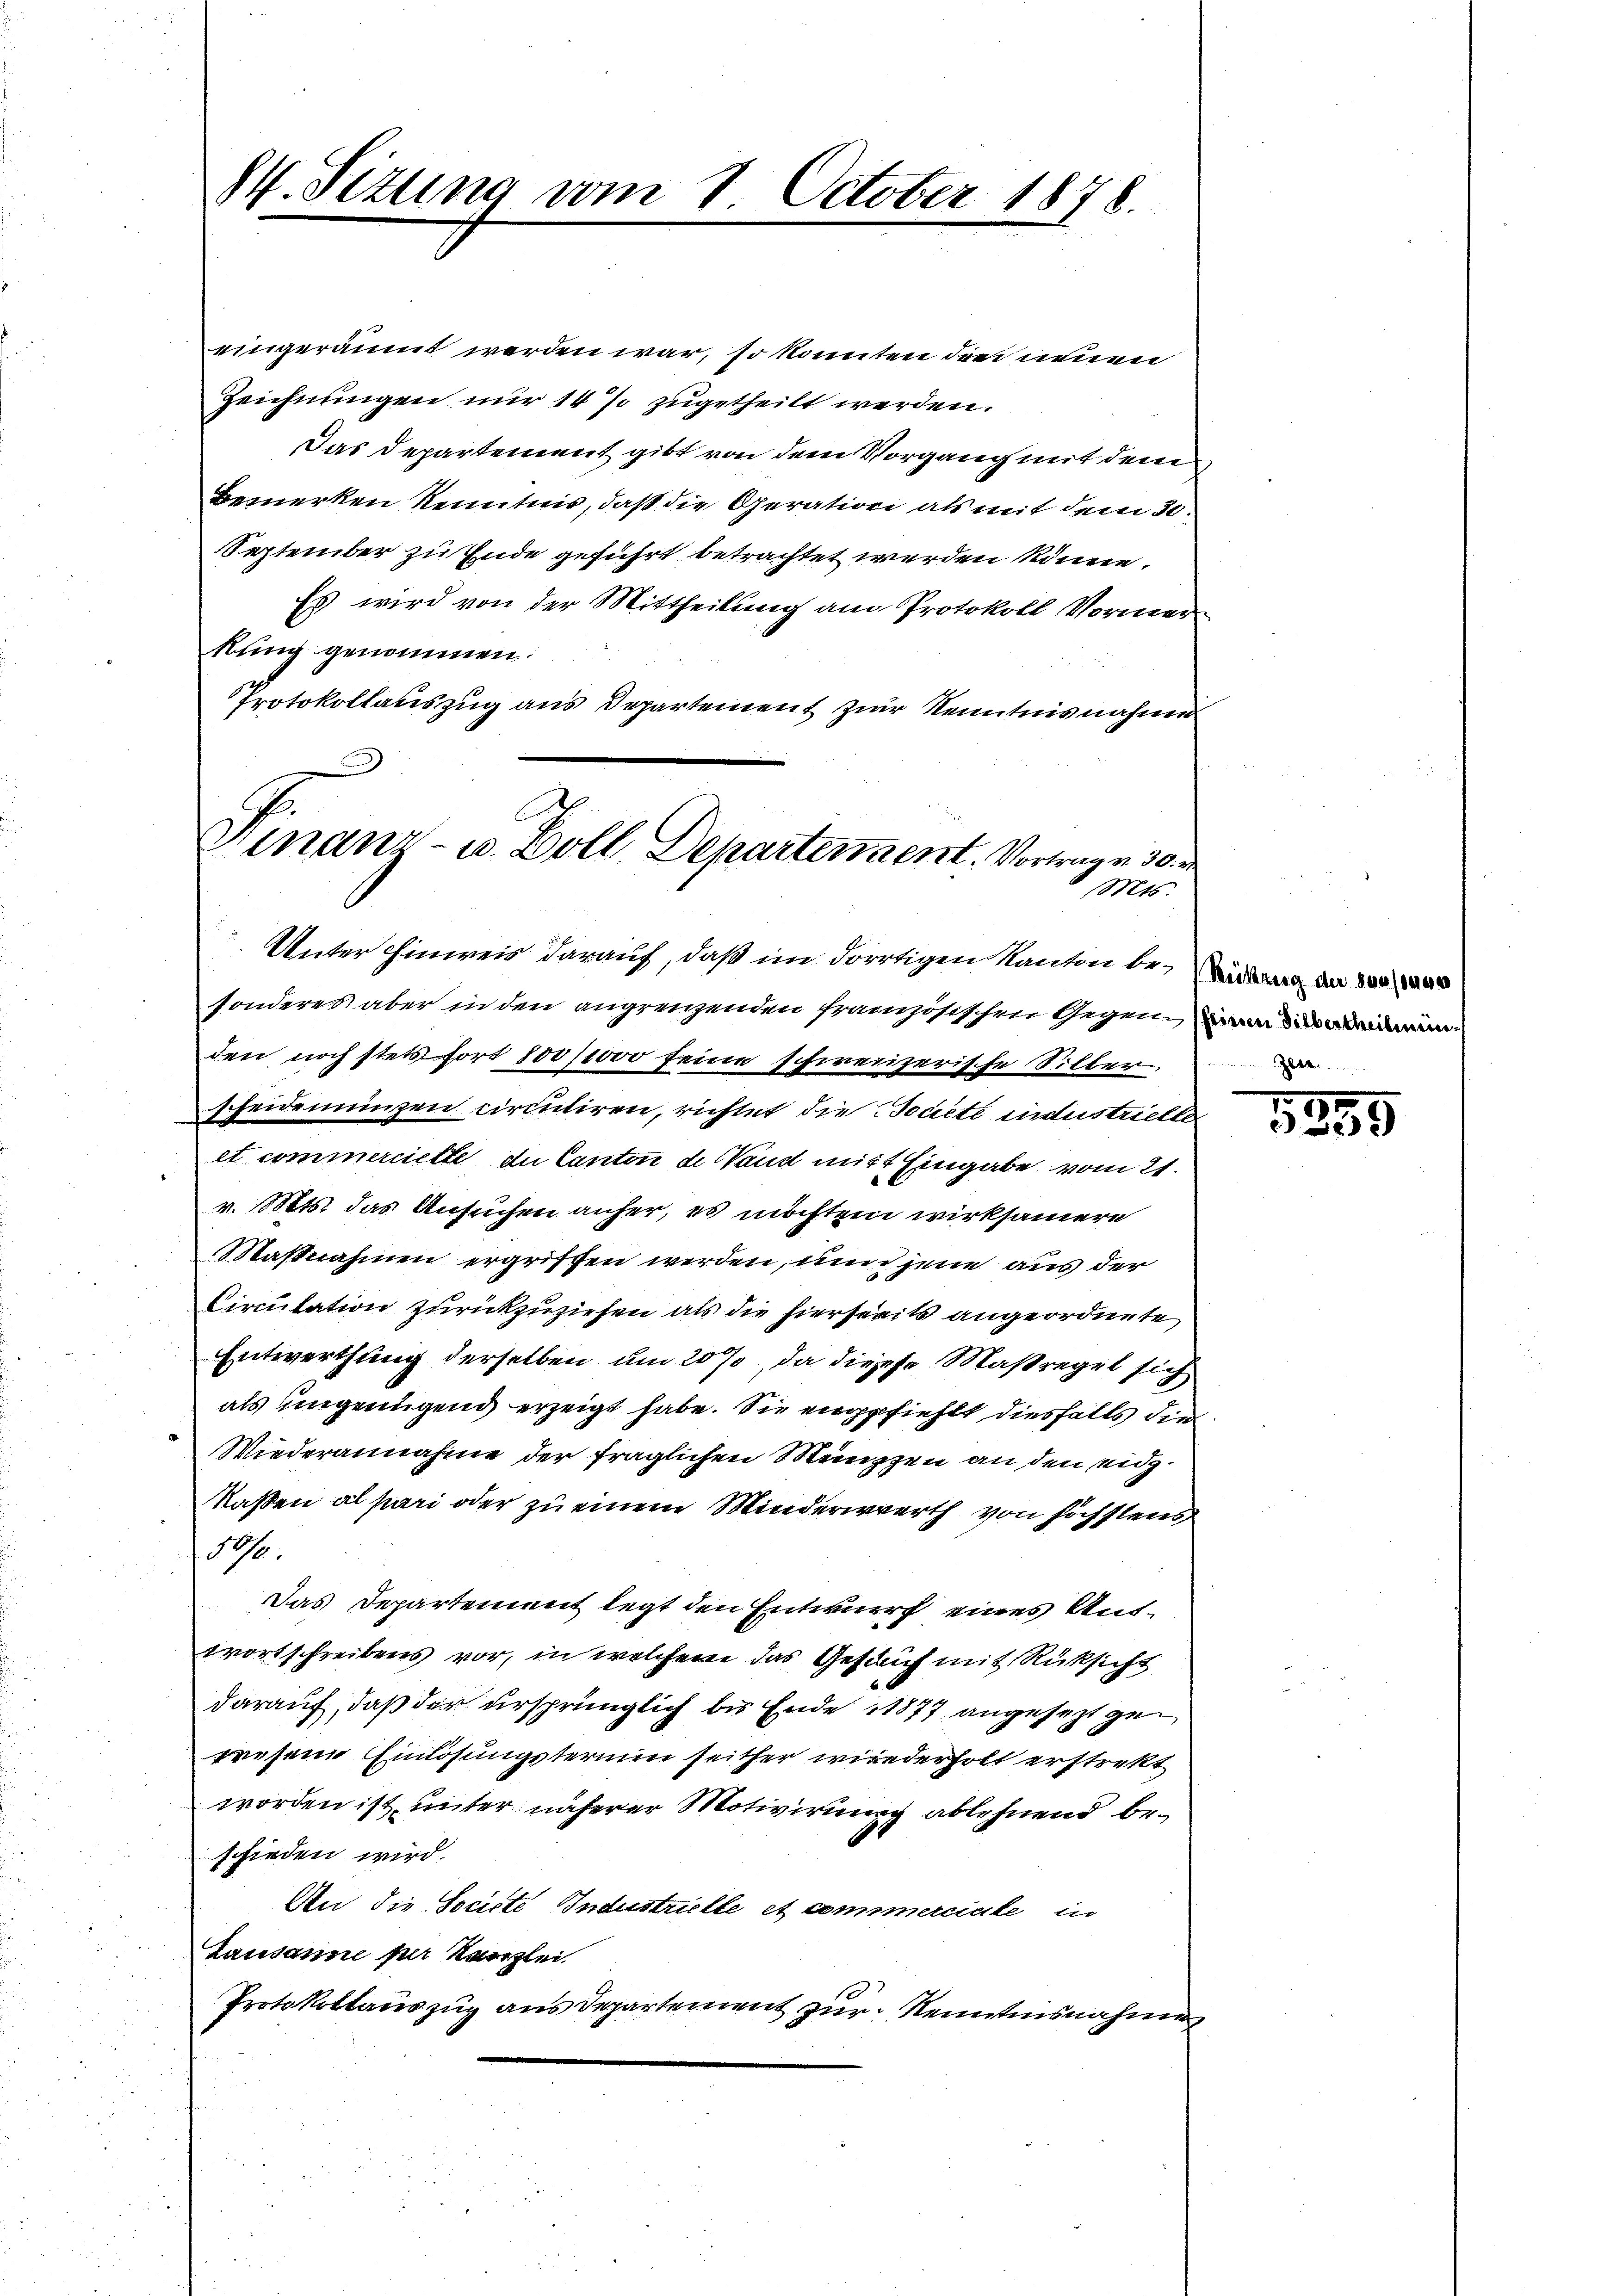
84. Sizung vom 1. October 1878.

eingeräumt werden war, so könnten der neuen
Zeichnungen nur 14 % zugetheilt werden.
Das Departement gibt von dem Vorgang mit dem
Bemerken Kenntnis, daß die Operation als mit dem 30.
September zu Ende geführt betrachtet werden könne.
Es wird von der Mittheilung am Protokoll Vormer
kung genommen.
Protokollauszug aus Departement zur Kenntnisnahme
Finanz- u. Zoll, Departement. Vortragen 30. v
 Mts.

Unter Einweis darauf, daß im dortigen Kanton besonderes aber in den angrenzenden französischen Gegen wi
den noch stetsfort 100,000 seine schweizerische Silber
scheidemünzen circuliren, richtet die Societe industrietten
et commercielle du Canton de Wand mit Eingabe vom 21.
v. Mts. das Ansuchen anher, es möchten wirksamere
Maßnahmen ergriffen werden, nun jene aus der
Circulation zurückzuziehen als die hierseits angeordnete
Entwerthung derselben um 20 %, da dieses Maßregel sich
als ungenügend erzeigt habe. Sie empfiehlt diesfalls die
Wiederannahme der fraglichen Münzen an den eidg.
Maßen al pari oder zu einem Minderwerth von höchstens
16.
Das Departement legt den Entwurf eines Antwortschreibens vor, in welchem das Gesanf mit Rücksicht
darauf, daß der ursprünglich bis Ende 1877 angesezt gewesene Einlösungstermin seither wiederholt erstrekt
worden ist, unter näherer Motivirung ablehnend befchieden wird.
An die Societe Industrielle et commerciale in
Lausanne per Kanzlei
Protokollauszug aus Departement zur Kenntnisnahme.

Reitzung der 800 / der es e
num einen in Gebet Seren

1855